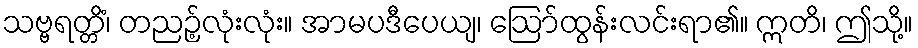
သဗ္ဗရတ္တိံ၊ တညဉ့်လုံးလုံး။ အာမပဒီပေယျ၊ ဩော်ထွန်းလင်းရာ၏။ ဣတိ၊ ဤသို့။